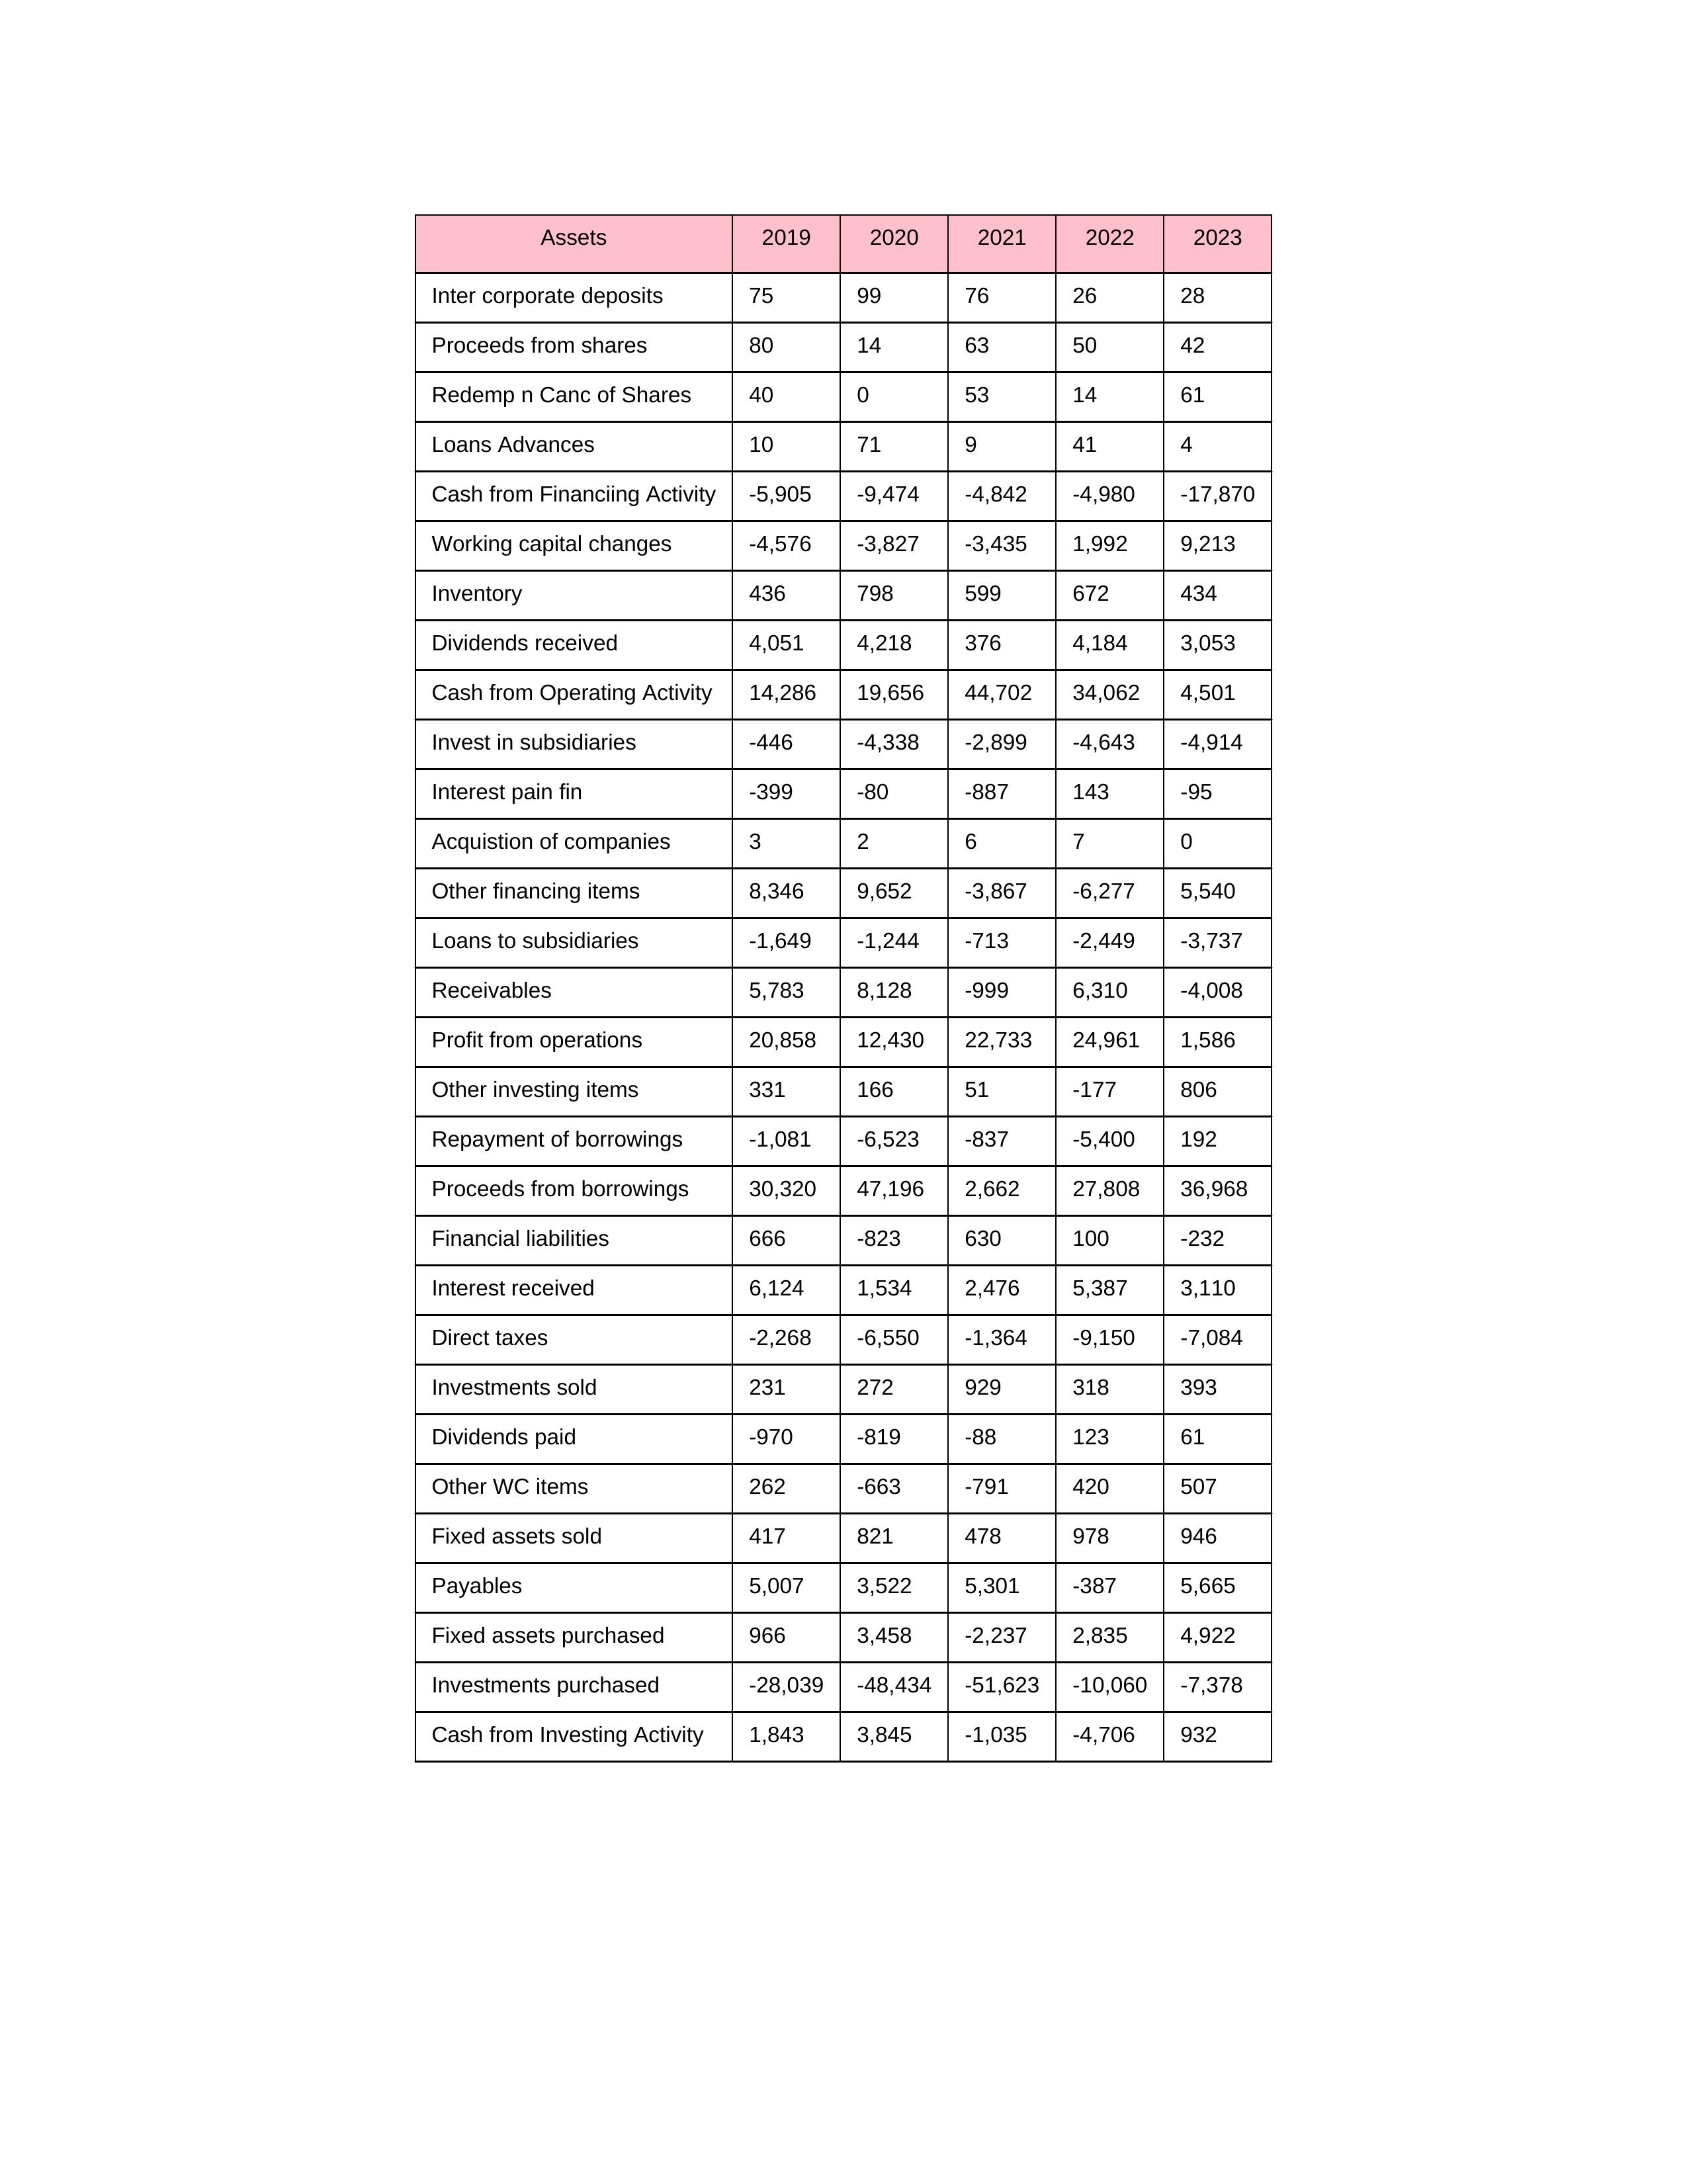
gt_parse: 2019: Cash from Operating Activity: 14,286
Profit from operations: 20,858
Receivables: 5,783
Inventory: 436
Payables: 5,007
Loans Advances: 10
Other WC items: 262
Working capital changes: -4,576
Direct taxes: -2,268
Cash from Investing Activity: 1,843
Fixed assets purchased: 966
Fixed assets sold: 417
Investments purchased: -28,039
Investments sold: 231
Interest received: 6,124
Dividends received: 4,051
Invest in subsidiaries: -446
Loans to subsidiaries: -1,649
Redemp n Canc of Shares: 40
Acquistion of companies: 3
Inter corporate deposits: 75
Other investing items: 331
Cash from Financiing Activity: -5,905
Proceeds from shares: 80
Proceeds from borrowings: 30,320
Repayment of borrowings: -1,081
Interest pain fin: -399
Dividends paid: -970
Financial liabilities: 666
Other financing items: 8,346
2020: Cash from Operating Activity: 19,656
Profit from operations: 12,430
Receivables: 8,128
Inventory: 798
Payables: 3,522
Loans Advances: 71
Other WC items: -663
Working capital changes: -3,827
Direct taxes: -6,550
Cash from Investing Activity: 3,845
Fixed assets purchased: 3,458
Fixed assets sold: 821
Investments purchased: -48,434
Investments sold: 272
Interest received: 1,534
Dividends received: 4,218
Invest in subsidiaries: -4,338
Loans to subsidiaries: -1,244
Redemp n Canc of Shares: 0
Acquistion of companies: 2
Inter corporate deposits: 99
Other investing items: 166
Cash from Financiing Activity: -9,474
Proceeds from shares: 14
Proceeds from borrowings: 47,196
Repayment of borrowings: -6,523
Interest pain fin: -80
Dividends paid: -819
Financial liabilities: -823
Other financing items: 9,652
2021: Cash from Operating Activity: 44,702
Profit from operations: 22,733
Receivables: -999
Inventory: 599
Payables: 5,301
Loans Advances: 9
Other WC items: -791
Working capital changes: -3,435
Direct taxes: -1,364
Cash from Investing Activity: -1,035
Fixed assets purchased: -2,237
Fixed assets sold: 478
Investments purchased: -51,623
Investments sold: 929
Interest received: 2,476
Dividends received: 376
Invest in subsidiaries: -2,899
Loans to subsidiaries: -713
Redemp n Canc of Shares: 53
Acquistion of companies: 6
Inter corporate deposits: 76
Other investing items: 51
Cash from Financiing Activity: -4,842
Proceeds from shares: 63
Proceeds from borrowings: 2,662
Repayment of borrowings: -837
Interest pain fin: -887
Dividends paid: -88
Financial liabilities: 630
Other financing items: -3,867
2022: Cash from Operating Activity: 34,062
Profit from operations: 24,961
Receivables: 6,310
Inventory: 672
Payables: -387
Loans Advances: 41
Other WC items: 420
Working capital changes: 1,992
Direct taxes: -9,150
Cash from Investing Activity: -4,706
Fixed assets purchased: 2,835
Fixed assets sold: 978
Investments purchased: -10,060
Investments sold: 318
Interest received: 5,387
Dividends received: 4,184
Invest in subsidiaries: -4,643
Loans to subsidiaries: -2,449
Redemp n Canc of Shares: 14
Acquistion of companies: 7
Inter corporate deposits: 26
Other investing items: -177
Cash from Financiing Activity: -4,980
Proceeds from shares: 50
Proceeds from borrowings: 27,808
Repayment of borrowings: -5,400
Interest pain fin: 143
Dividends paid: 123
Financial liabilities: 100
Other financing items: -6,277
2023: Cash from Operating Activity: 4,501
Profit from operations: 1,586
Receivables: -4,008
Inventory: 434
Payables: 5,665
Loans Advances: 4
Other WC items: 507
Working capital changes: 9,213
Direct taxes: -7,084
Cash from Investing Activity: 932
Fixed assets purchased: 4,922
Fixed assets sold: 946
Investments purchased: -7,378
Investments sold: 393
Interest received: 3,110
Dividends received: 3,053
Invest in subsidiaries: -4,914
Loans to subsidiaries: -3,737
Redemp n Canc of Shares: 61
Acquistion of companies: 0
Inter corporate deposits: 28
Other investing items: 806
Cash from Financiing Activity: -17,870
Proceeds from shares: 42
Proceeds from borrowings: 36,968
Repayment of borrowings: 192
Interest pain fin: -95
Dividends paid: 61
Financial liabilities: -232
Other financing items: 5,540